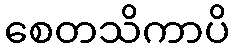
စေတသိကာပိ